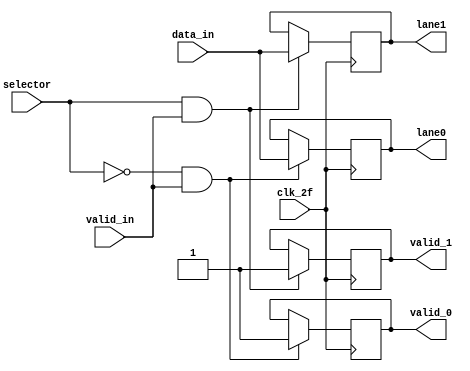
module Byte_Striping (
	//Entradas y salidas
	input       clk_2f,
	input		valid_in,	
	input 		[31:0] data_in,
	input 		selector,
    output reg  [31:0] lane0,
	output reg  [31:0] lane1,
	output reg  valid_0,
	output reg  valid_1
    );
	
	always @ (posedge clk_2f) begin
		if (selector == 0 & valid_in == 1)begin
		 	lane0 <= data_in;
			valid_0 <= 1;
		end
		if (selector == 1 & valid_in == 1)begin
			lane1 <= data_in;
			valid_1 <= 1;
		end
	end

endmodule